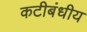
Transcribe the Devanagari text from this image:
कटीबंधीय